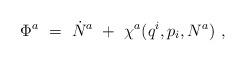
LaTeX: \begin{align*}\Phi^{a}~=~\dot{N}^{a}~+~\chi^{a}(q^{i},p_{i},N^{a})~,\end{align*}